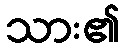
သား၏